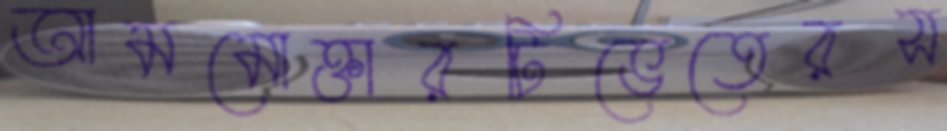
আমমোক্তারটিভেতেরস